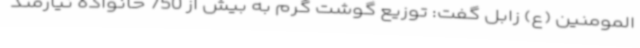
المومنین (ع) زابل گفت: توزیع گوشت گرم به بیش از 750 خانواده نیازمند